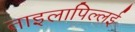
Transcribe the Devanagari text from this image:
ताइलापिल्लई